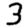
Digit: 3